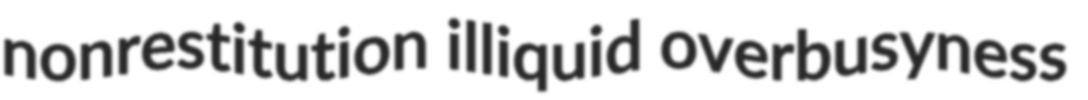
nonrestitution illiquid overbusyness